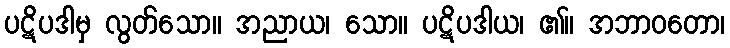
ပဋိပဒါမှ လွတ်သော။ အညာယ၊ သော။ ပဋိပဒါယ၊ ၏။ အဘာဝတော၊